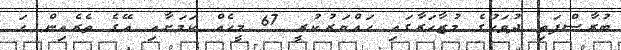
ބުރާސްފަތި ދުވަހުގެ މުޒާހަރާގައި ހައްޔަރުކުރީ 67 މީހެއް ކަމަށާއި އޭގެ ތެރެއިން ހަ